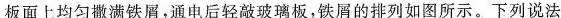
板面上均匀撒满铁屑，通电后轻敲玻璃板，铁屑的排列如图所示。下列说法